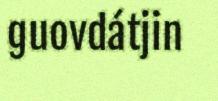
guovdátjin